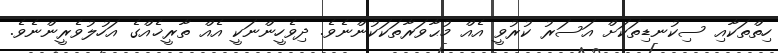
ހިތްތަކާއި ސިކުނޑިތަކަށް އަސަރު ކުރުވީ އެއް މުޙާވަރާތަކަކުންނެވެ. ދިވެހީންނަކީ އެއް ތާރީޚެއްގެ އަހުލުވެރީންނެވެ.